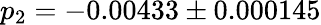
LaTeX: p_{2}=-0.00433\pm 0.000145